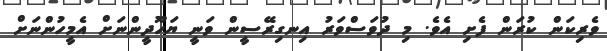
ވެރިކަން ކުރަން ފެށި އެވެ. މި ދުވަސްވަރު އިނގިރޭސީން ވަނީ ޔަހޫދީންނަށް އެމީހުންނަށް